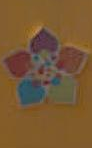
*